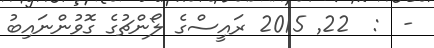
-  :  22